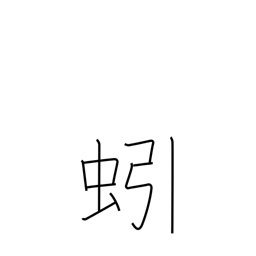
Meaning: earthworm